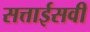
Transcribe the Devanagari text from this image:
सत्ताईसवीं